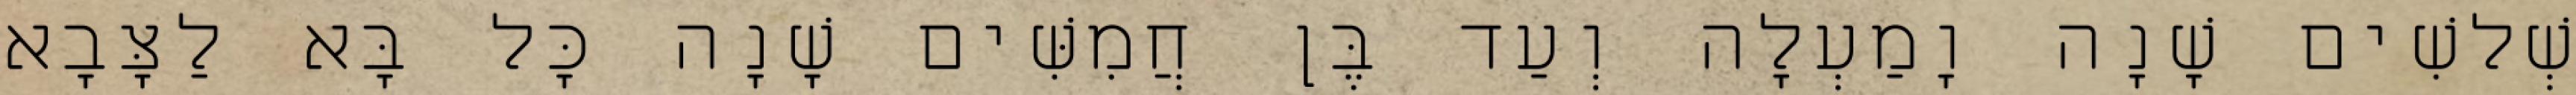
שְׁלשִׁים שָׁנָה וָמַעְלָה וְעַד בֶּן חֲמִשִּׁים שָׁנָה כָּל בָּא לַצָּבָא